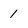
Character: 1